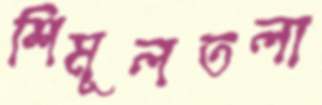
শিমূলতলা